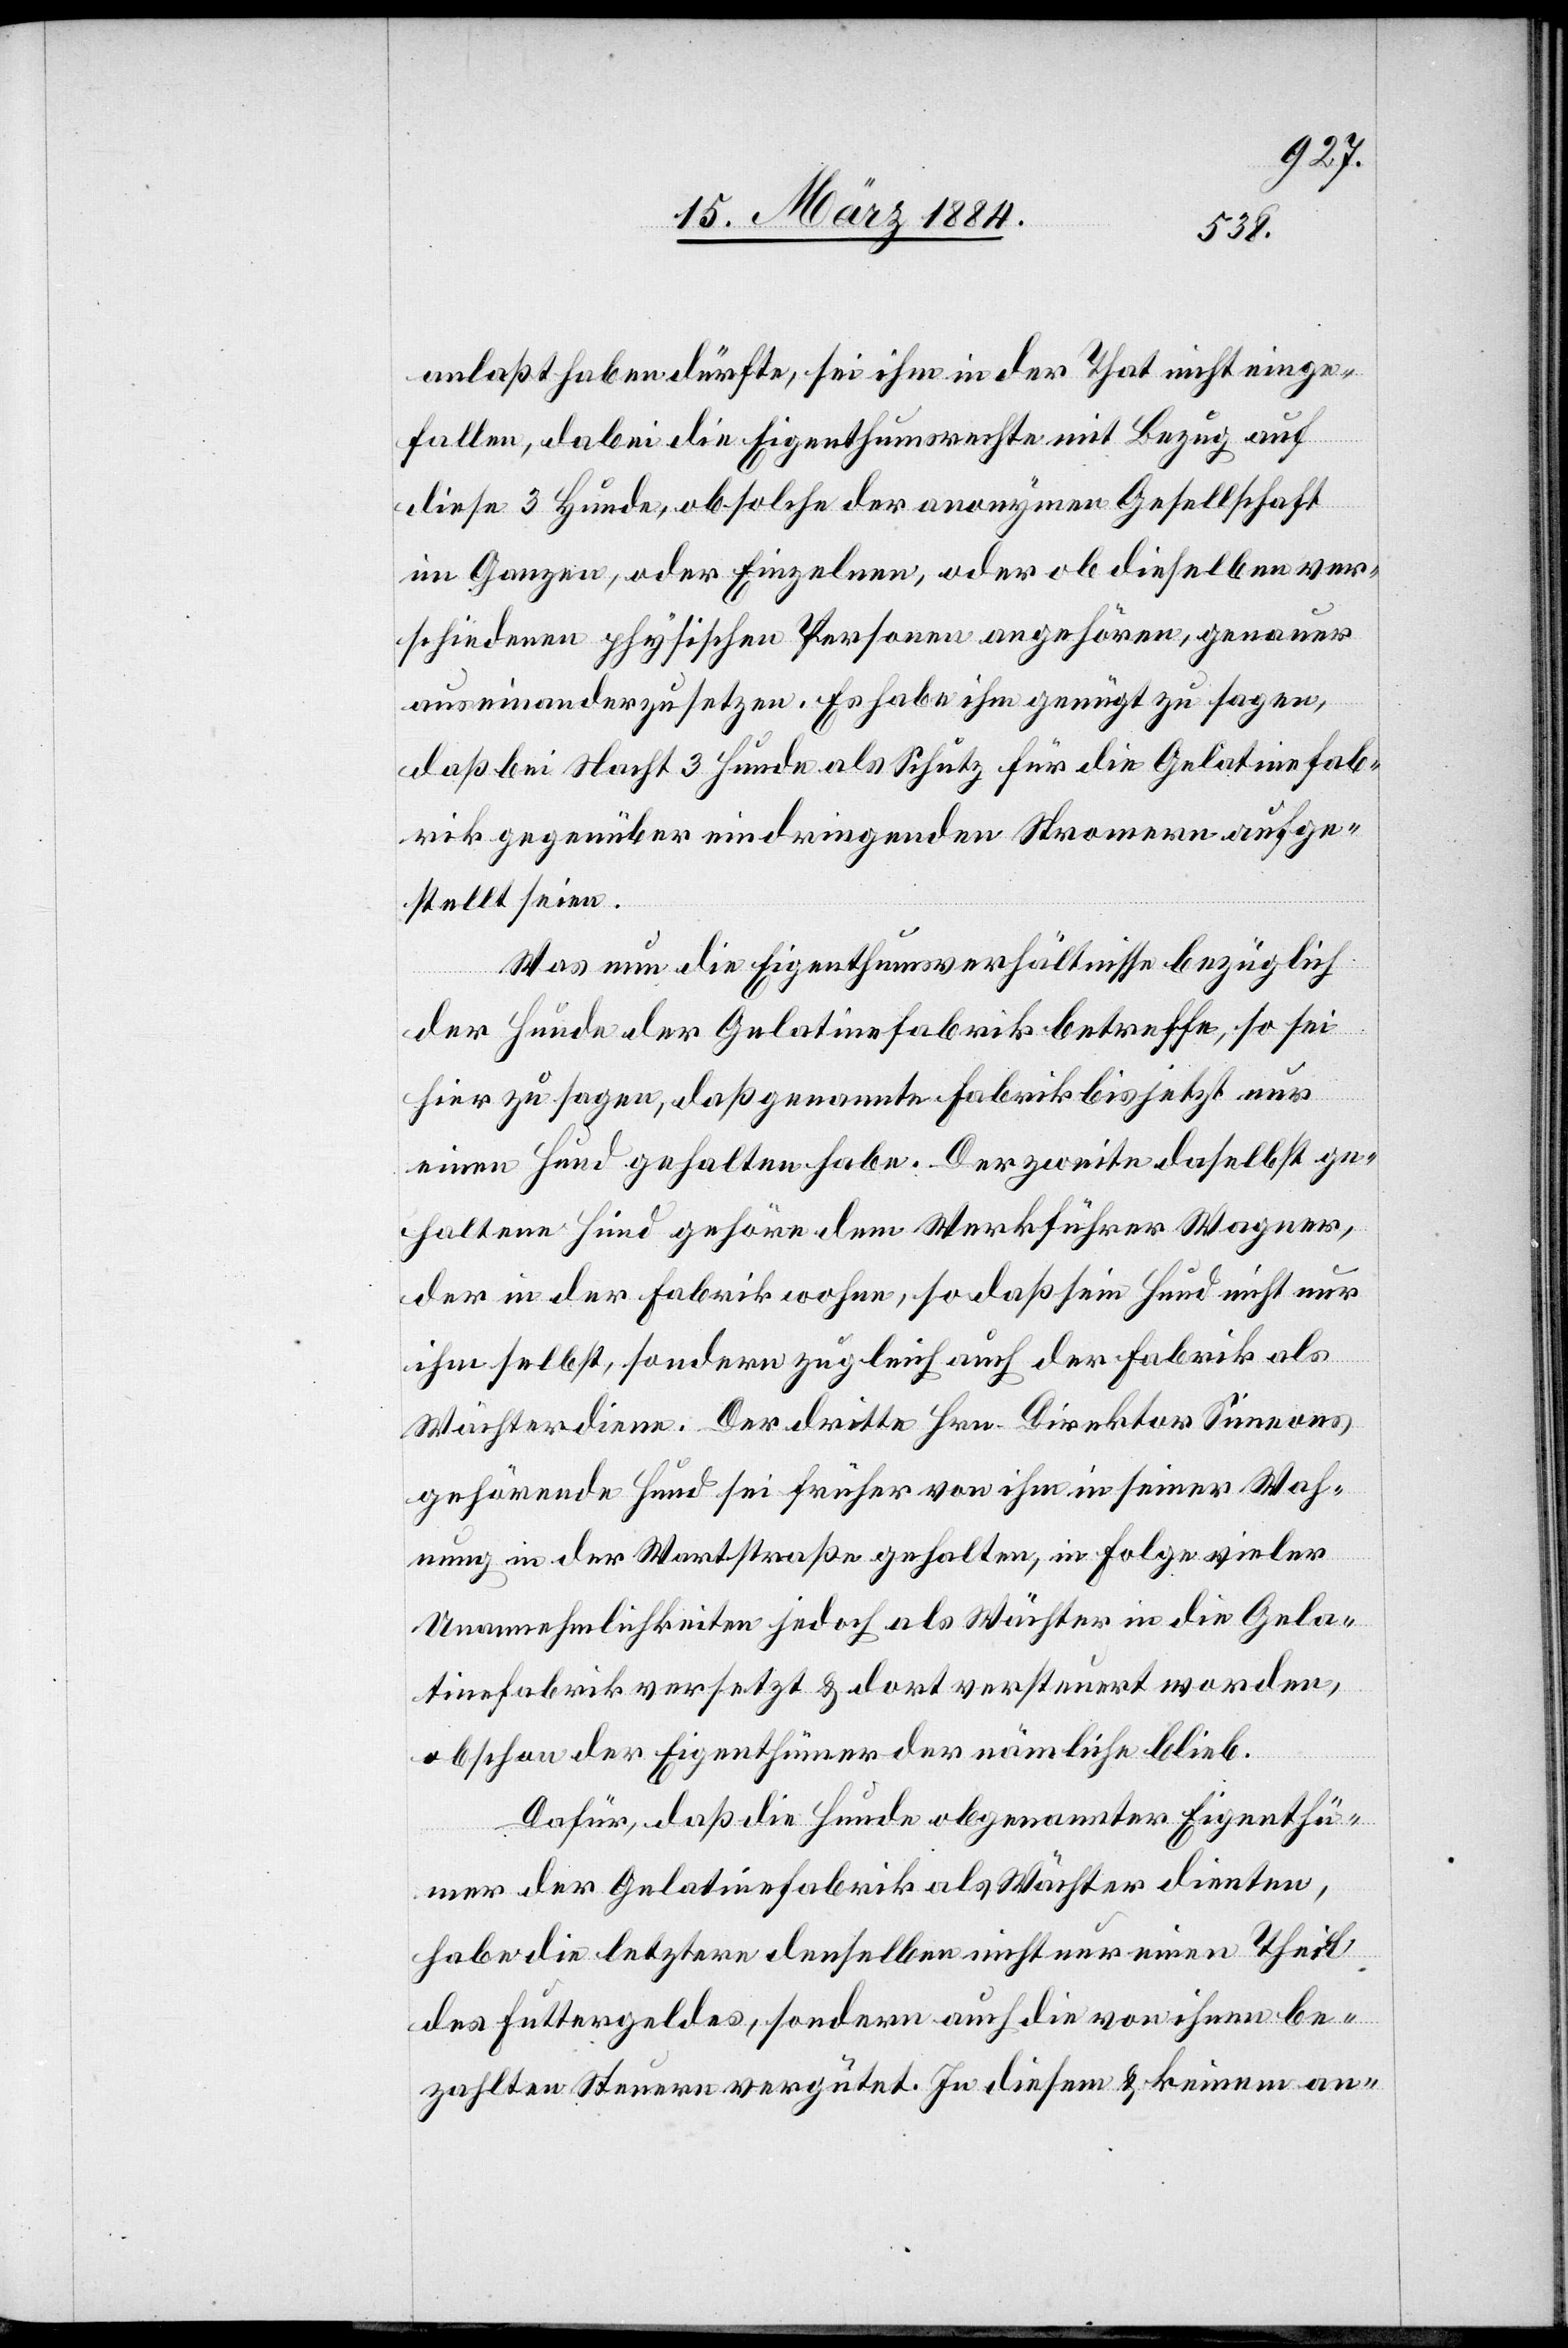
anlaßt haben dürfte, sei ihm in der That nicht einge¬
fallen, dabei die Eigenthumsrechte mit Bezug auf
diese 3 Hunde, ob solche der anonymen Gesellschaft
im Ganzen, oder Einzelnen, oder ob dieselben ver¬
schiedenen physischen Personen angehören, genauer
auseinanderzusetzen. Es habe ihm genügt zu sagen,
daß bei Nacht 3 Hunde als Schutz für die Gelatinefab¬
rik gegenüber eindringenden Stromern aufge¬
stellt seien.
Was nun die Eigenthumsverhältnisse bezüglich
der Hunde der Gelatinefabrik betreffe, so sei
hier zu sagen, daß genannte Fabrik bis jetzt nur
einen Hund gehalten habe. Der zweite daselbst ge¬
haltene Hund gehöre dem Werkführer Wagner,
der in der Fabrik wohne, so daß sein Hund nicht nur
ihm selbst, sondern zugleich auch der Fabrik als
Wächter diene. Der dritte Hrn. Direktor Simeons
gehörende Hund sei früher von ihm in seiner Woh¬
nung in der Wartstraße gehalten, in Folge vieler
Unannehmlichkeiten jedoch als Wächter in die Gela¬
tinefabrik versetzt & dort versteuert worden,
obschon der Eigenthümer der nämliche blieb.
Dafür, daß die Hunde obgenannter Eigenthü¬
mer der Gelatinefabrik als Wächter dienten,
habe die letztere denselben nicht nur einen Theil
des Futtergeldes, sondern auch die von ihnen be¬
zahlten Steuern vergütet. In diesem & keinem an-